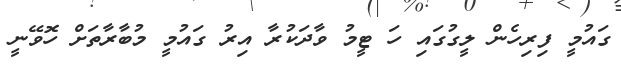
ގައުމީ ފިރިހެން ލީގުގައި ހަ ޓީމު ވާދަކުރާ އިރު ގައުމީ މުބާރާތަށް ހޮވޭނީ